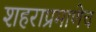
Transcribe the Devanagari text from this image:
शहराप्रमाणेच